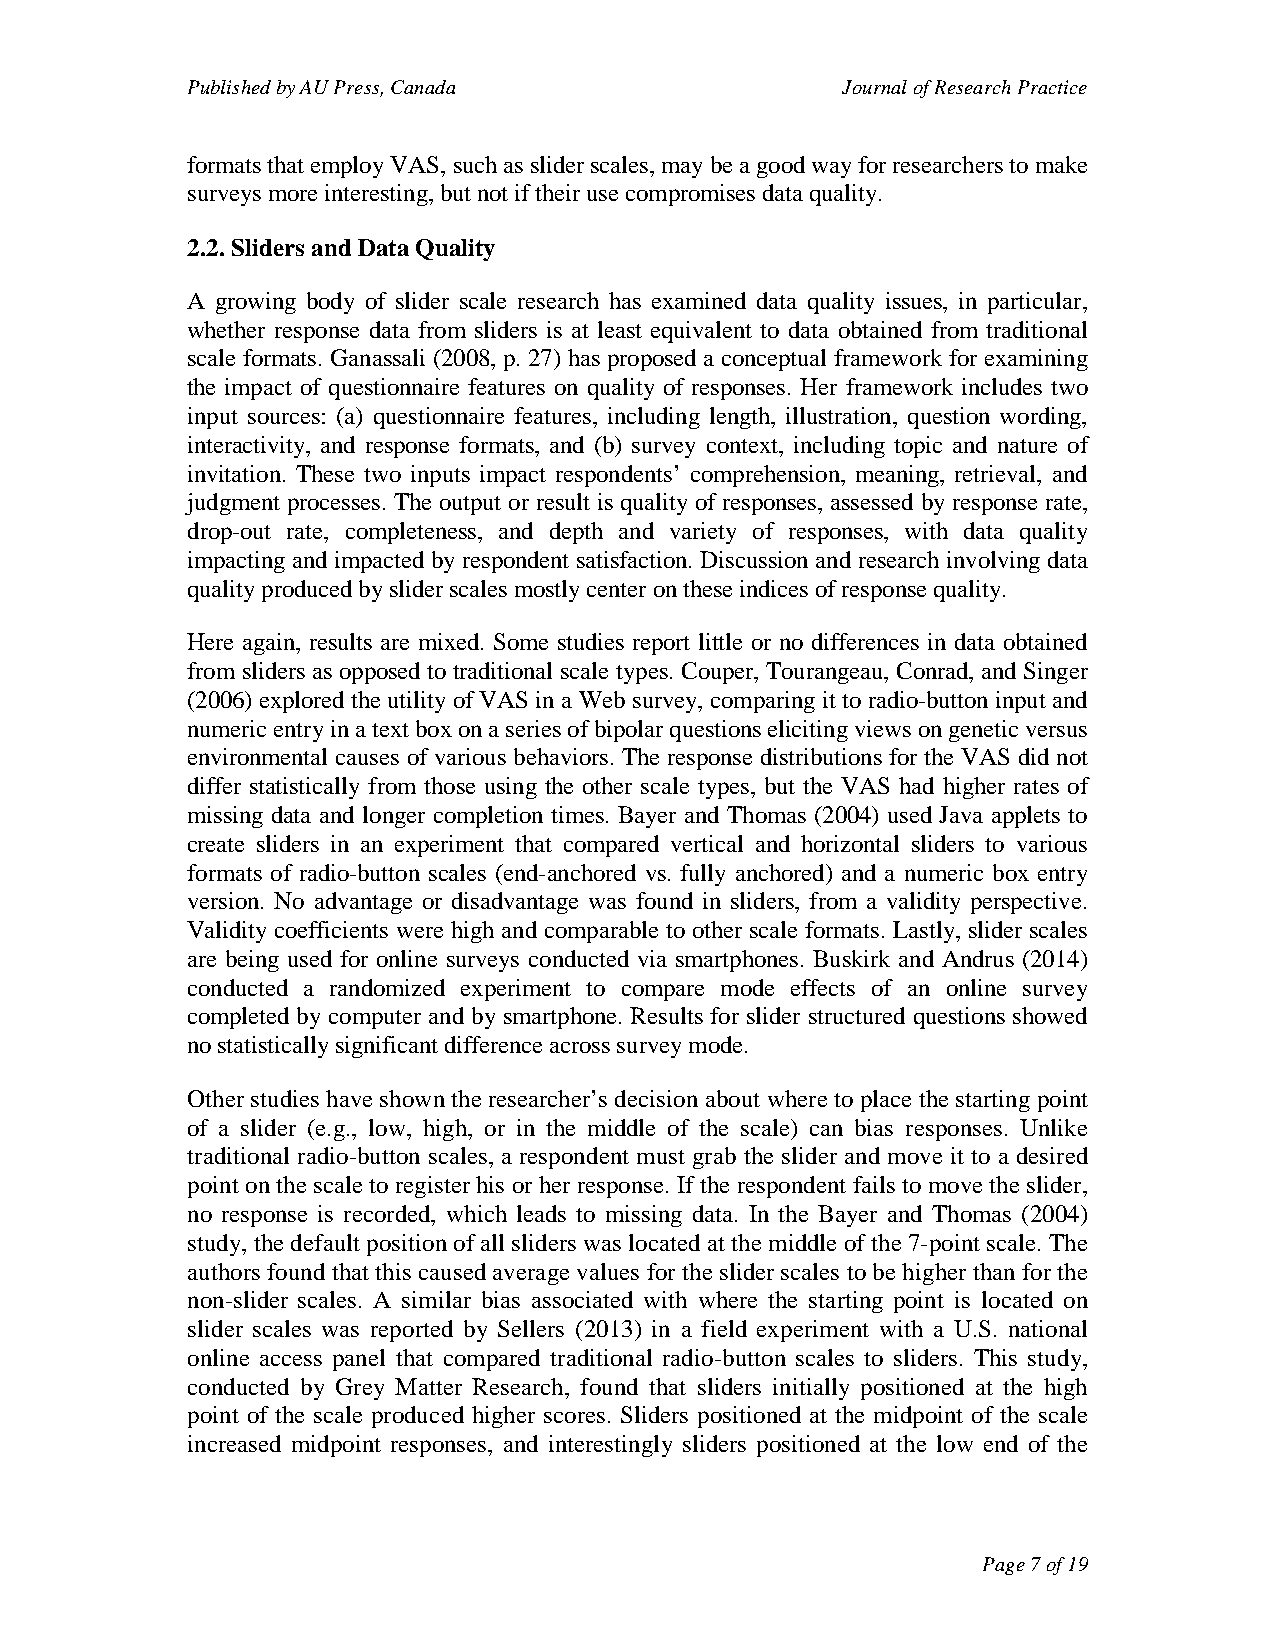
Published by AU Press, Canada               Journal of Research Practice
 formats that employ VAS, such as slider scales, may be a good way for researchers to make
 surveys more interesting, but not if their use compromises data quality.
 2.2. Sliders and Data Quality
 A growing body of slider scale research has examined data quality issues, in particular,
 whether response data from sliders is at least equivalent to data obtained from traditional
 scale formats. Ganassali (2008, p. 27) has proposed a conceptual framework for examining
 the impact of questionnaire features on quality of responses. Her framework includes two
 input sources: (a) questionnaire features, including length, illustration, question wording,
 interactivity, and response formats, and (b) survey context, including topic and nature of
 invitation. These two inputs impact respondents’ comprehension, meaning, retrieval, and
 judgment processes. The output or result is quality of responses, assessed by response rate,
 drop-out rate, completeness, and depth and variety of responses, with data quality
 impacting and impacted by respondent satisfaction. Discussion and research involving data
 quality produced by slider scales mostly center on these indices of response quality.
 Here again, results are mixed. Some studies report little or no differences in data obtained
 from sliders as opposed to traditional scale types. Couper, Tourangeau, Conrad, and Singer
 (2006) explored the utility of VAS in a Web survey, comparing it to radio-button input and
 numeric entry in a text box on a series of bipolar questions eliciting views on genetic versus
 environmental causes of various behaviors. The response distributions for the VAS did not
 differ statistically from those using the other scale types, but the VAS had higher rates of
 missing data and longer completion times. Bayer and Thomas (2004) used Java applets to
 create sliders in an experiment that compared vertical and horizontal sliders to various
 formats of radio-button scales (end-anchored vs. fully anchored) and a numeric box entry
 version. No advantage or disadvantage was found in sliders, from a validity perspective.
 Validity coefficients were high and comparable to other scale formats. Lastly, slider scales
 are being used for online surveys conducted via smartphones. Buskirk and Andrus (2014)
 conducted a randomized experiment to compare mode effects of an online survey
 completed by computer and by smartphone. Results for slider structured questions showed
 no statistically significant difference across survey mode.
 Other studies have shown the researcher’s decision about where to place the starting point
 of a slider (e.g., low, high, or in the middle of the scale) can bias responses. Unlike
 traditional radio-button scales, a respondent must grab the slider and move it to a desired
 point on the scale to register his or her response. If the respondent fails to move the slider,
 no response is recorded, which leads to missing data. In the Bayer and Thomas (2004)
 study, the default position of all sliders was located at the middle of the 7-point scale. The
 authors found that this caused average values for the slider scales to be higher than for the
 non-slider scales. A similar bias associated with where the starting point is located on
 slider scales was reported by Sellers (2013) in a field experiment with a U.S. national
 online access panel that compared traditional radio-button scales to sliders. This study,
 conducted by Grey Matter Research, found that sliders initially positioned at the high
 point of the scale produced higher scores. Sliders positioned at the midpoint of the scale
 increased midpoint responses, and interestingly sliders positioned at the low end of the
 Page 7 of 19